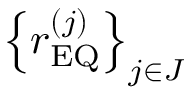
\left\{ r _ { \mathrm { E Q } } ^ { \left( j \right) } \right\} _ { j \in J }